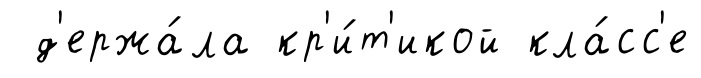
д'ержа́ла кр'и́т'икой кла́сс'е